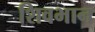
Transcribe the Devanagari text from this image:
शिवभान